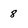
Character: 8